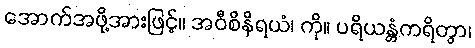
အောက်အဖို့အားဖြင့်။ အဝီစိနိရယံ၊ ကို။ ပရိယန္တံကရိတွာ၊